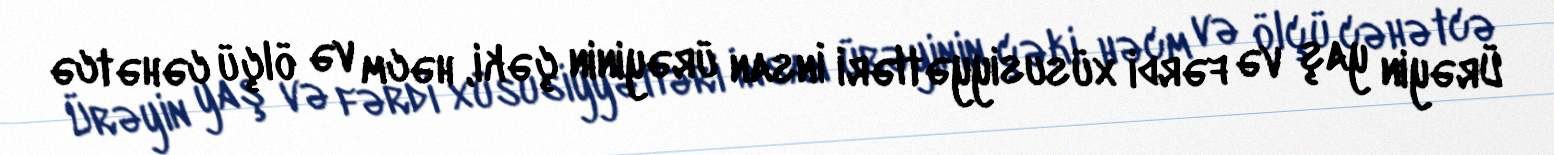
Ürəyin yaş və fərdi xüsusiyyətləri İnsan ürəyinin çəki, həcm və ölçü cəhətcə